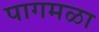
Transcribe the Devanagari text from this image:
पागमळा